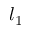
l _ { 1 }